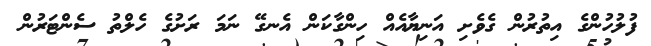
ފުލުހުންގެ އިތުރުން ގެވެށި އަނިޔާއެއް ހިންގާކަން އެނގޭ ނަމަ ރަށުގެ ހެލްތު ސެންޓަރުން